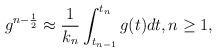
LaTeX: \begin{align*} g^{n-\frac{1}{2}}\approx \frac{1}{k_n}\int_{t_{n-1}}^{t_n} g(t) dt, n\geq 1, \end{align*}